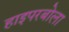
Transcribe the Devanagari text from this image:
हाइपरबोला